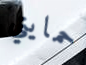
حمايتي